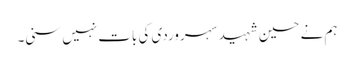
ہم نے حسین شہید سہروردی کی بات نہیں سنی۔